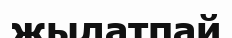
жылатпай